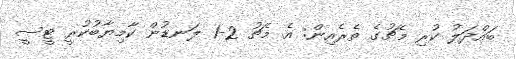
ބައްދަލު ކުރި މެޗުގެ ތެރެއިން: އެ މެޗު 2-1 ލަނޑުން ކާމިޔާބުކުރީ ޓީސީ